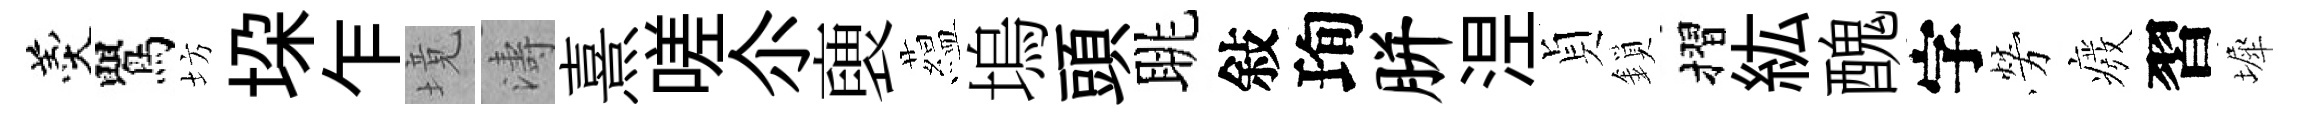
羹鸎坊垜乍境濤熹嗟尒褏藴塢頭眺敍珣胼𣵀貞鎖摺紘醜字勞癈習墀